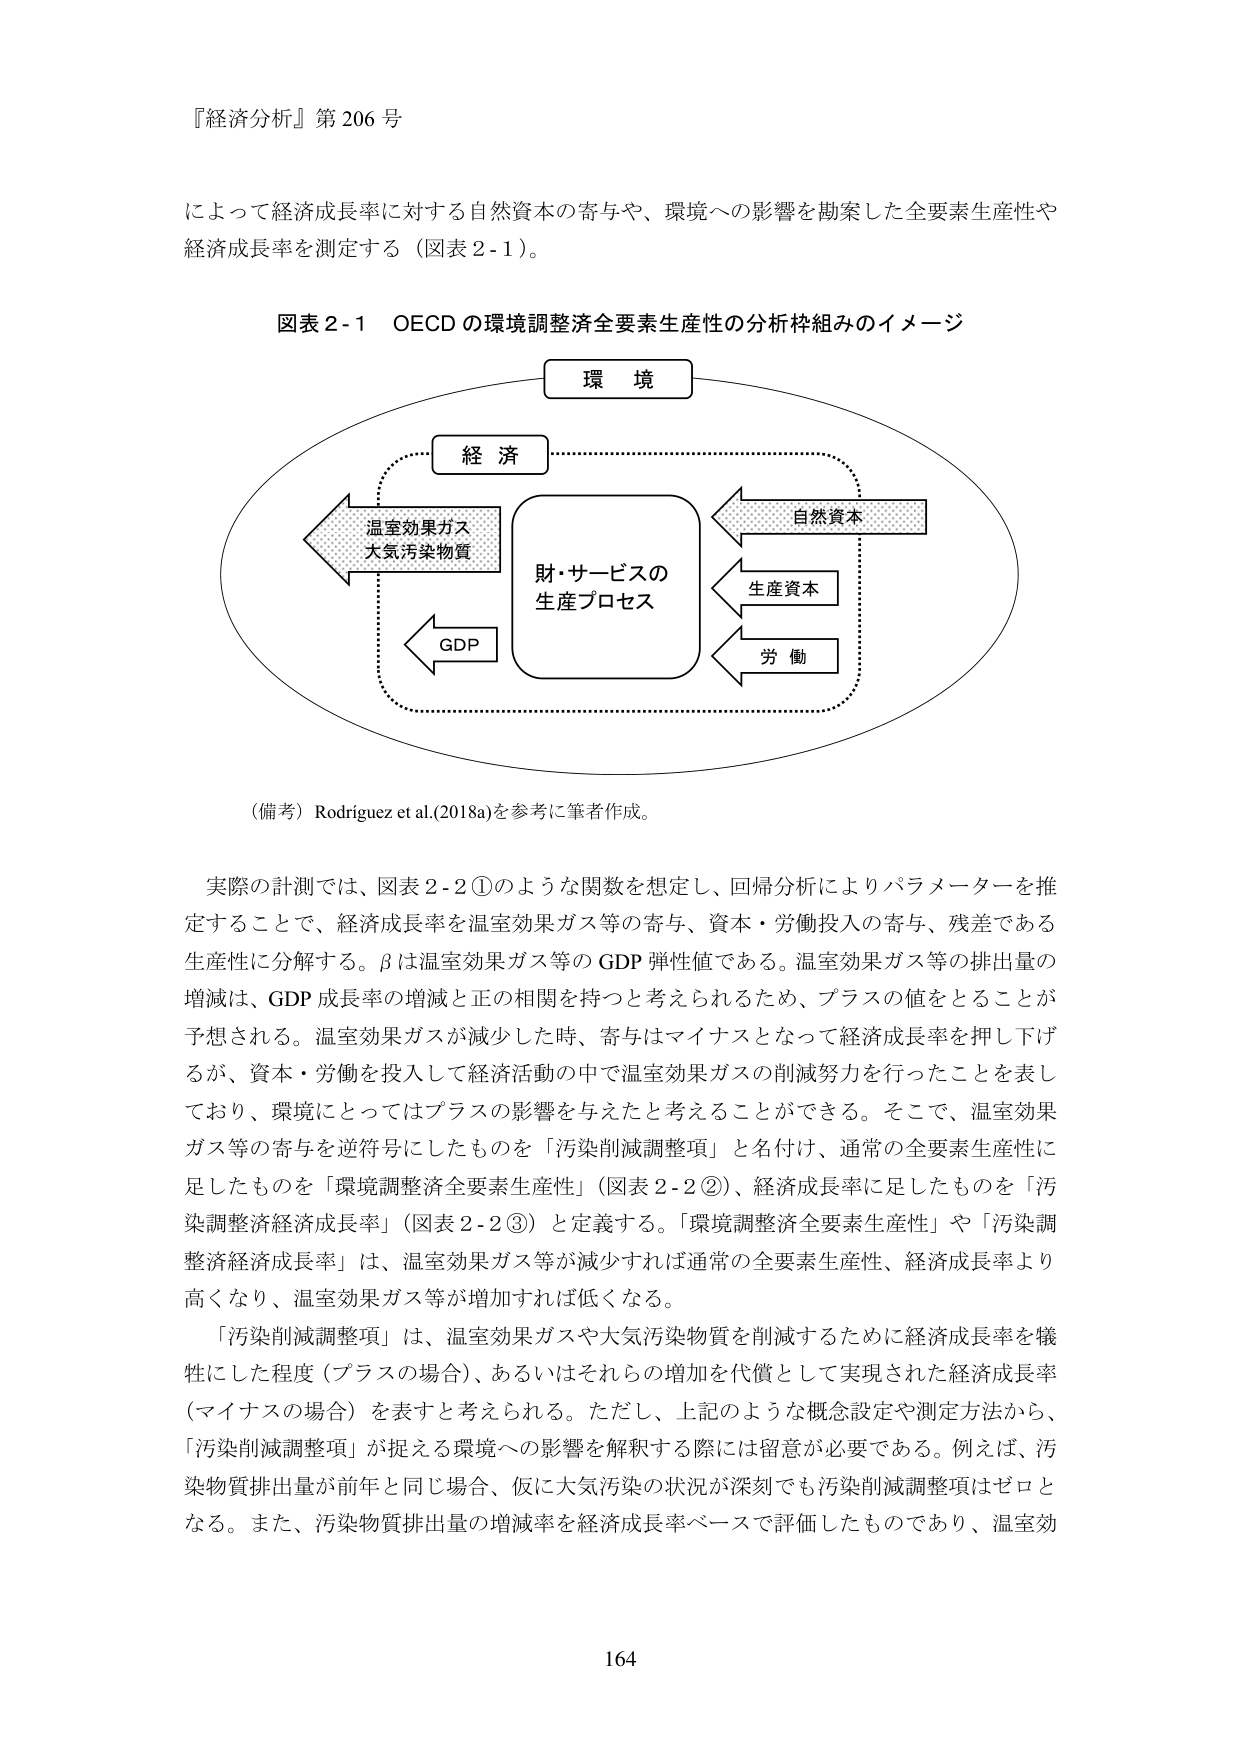
『経済分析』第206号

によって経済成長率に対する自然資本の寄与や、環境への影響を勘案した全要素生産性や
経済成長率を測定する（図表2-1）。

図表2-1 OECDの環境調整済全要素生産性の分析枠組みのイメージ

環境
経済
温室効果ガス
大気汚染物質
財・サービスの
生産プロセス
GDP
自然資本
生産資本
労働

（備考）Rodríguez et al.(2018a)を参考に筆者作成。

実際の計測では、図表2-2①のような関数を想定し、回帰分析によりパラメーターを推
定することで、経済成長率を温室効果ガス等の寄与、資本・労働投入の寄与、残差である
生産性に分解する。βは温室効果ガス等のGDP弾性値である。温室効果ガス等の排出量の
増減は、GDP成長率の増減と正の相関を持つと考えられるため、プラスの値をとることが
予想される。温室効果ガスが減少した時、寄与はマイナスとなって経済成長率を押し下げ
るが、資本・労働を投入して経済活動の中で温室効果ガスの削減努力を行ったことを表し
ており、環境にとってはプラスの影響を与えたと考えることができる。そこで、温室効果
ガス等の寄与を逆符号にしたものを「汚染削減調整項」と名付け、通常の全要素生産性に
足したものを「環境調整済全要素生産性」（図表2-2②）、経済成長率に足したものを「汚
染調整済経済成長率」（図表2-2③）と定義する。「環境調整済全要素生産性」や「汚染調
整済経済成長率」は、温室効果ガス等が減少すれば通常の全要素生産性、経済成長率より
高くなり、温室効果ガス等が増加すれば低くなる。

「汚染削減調整項」は、温室効果ガスや大気汚染物質を削減するために経済成長率を犠
牲にした程度（プラスの場合）、あるいはそれらの増加を代償として実現された経済成長率
（マイナスの場合）を表すと考えられる。ただし、上記のような概念設定や測定方法から、
「汚染削減調整項」が捉える環境への影響を解釈する際には留意が必要である。例えば、汚
染物質排出量が前年と同じ場合、仮に大気汚染の状況が深刻でも汚染削減調整項はゼロと
なる。また、汚染物質排出量の増減率を経済成長率ベースで評価したものであり、温室効

164